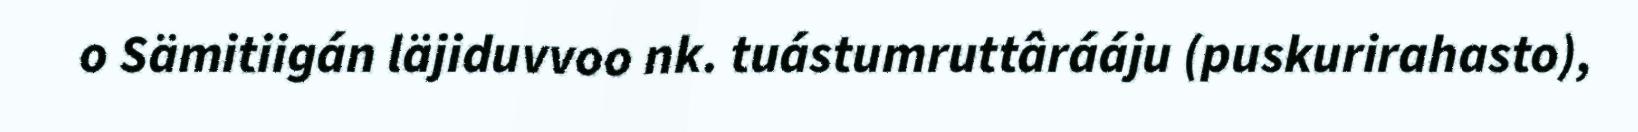
o Sämitiigán läjiduvvoo nk. tuástumruttârááju (puskurirahasto),